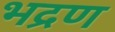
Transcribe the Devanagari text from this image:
भद्रण